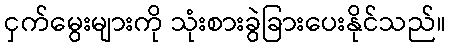
ငှက်မွေးများကို သုံးစားခွဲခြားပေးနိုင်သည်။